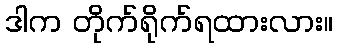
ဒါက တိုက်ရိုက်ရထားလား။